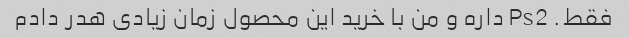
فقط. Ps2 داره و من با خرید این محصول زمان زیادی هدر دادم